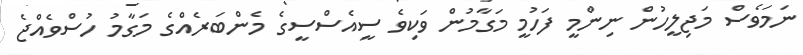
ނަމަވެސް މަޖިލީހުން ނިންމީ ފަހުމީ މަގާމުން ވަކިވެ ސީއެސްސީގެ މެންބަރެއްގެ މަގާމު ހުސްވެއްޖެ